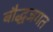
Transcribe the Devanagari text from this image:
बौद्धजगत